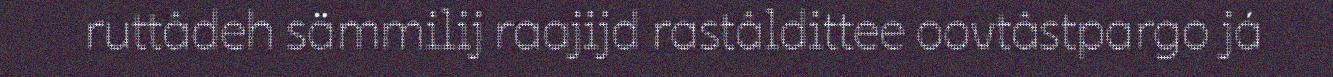
ruttâdeh sämmilij raajijd rastâldittee oovtâstpargo já